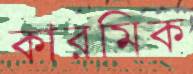
কারমিক